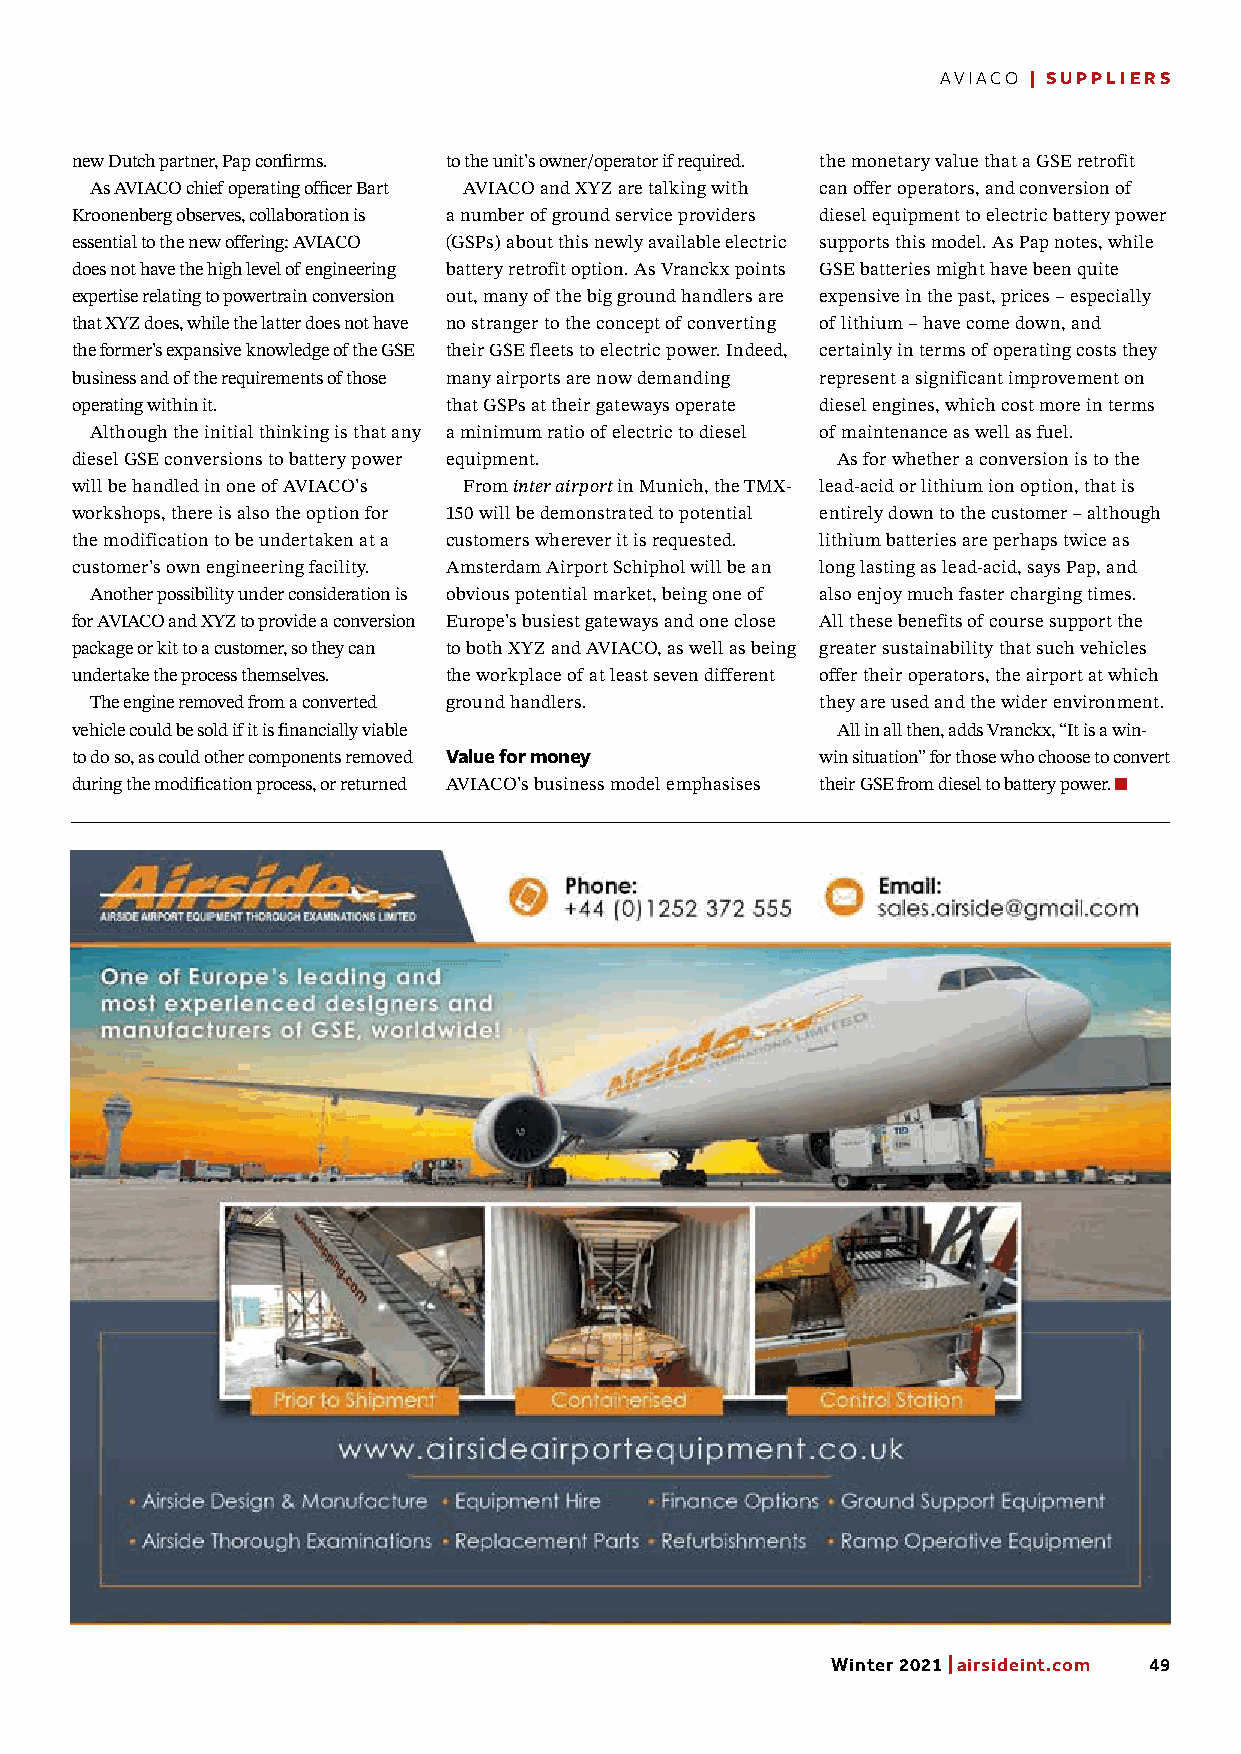
AVIACO | SUPPLIERS
 new Dutch partner, Pap confirms. to the unit’s owner/operator if required. the monetary value that a GSE retrofit
 As AVIACO chief operating officer Bart AVIACO and XYZ are talking with can offer operators, and conversion of
 Kroonenberg observes, collaboration is a number of ground service providers diesel equipment to electric battery power
 essential to the new offering: AVIACO (GSPs) about this newly available electric supports this model. As Pap notes, while
 does not have the high level of engineering battery retrofit option. As Vranckx points GSE batteries might have been quite
 expertise relating to powertrain conversion out, many of the big ground handlers are expensive in the past, prices – especially
 that XYZ does, while the latter does not have no stranger to the concept of converting of lithium – have come down, and
 the former’s expansive knowledge of the GSE their GSE fleets to electric power. Indeed, certainly in terms of operating costs they
 business and of the requirements of those many airports are now demanding represent a significant improvement on
 operating within it.    that GSPs at their gateways operate diesel engines, which cost more in terms
 Although the initial thinking is that any a minimum ratio of electric to diesel of maintenance as well as fuel.
 diesel GSE conversions to battery power equipment. As for whether a conversion is to the
 will be handled in one of AVIACO’s From inter airport in Munich, the TMX- lead-acid or lithium ion option, that is
 workshops, there is also the option for 150 will be demonstrated to potential entirely down to the customer – although
 the modification to be undertaken at a customers wherever it is requested. lithium batteries are perhaps twice as
 customer’s own engineering facility. Amsterdam Airport Schiphol will be an long lasting as lead-acid, says Pap, and
 Another possibility under consideration is obvious potential market, being one of also enjoy much faster charging times.
 for AVIACO and XYZ to provide a conversion Europe’s busiest gateways and one close All these benefits of course support the
 package or kit to a customer, so they can to both XYZ and AVIACO, as well as being greater sustainability that such vehicles
 undertake the process themselves. the workplace of at least seven different offer their operators, the airport at which
 The engine removed from a converted ground handlers. they are used and the wider environment.
 vehicle could be sold if it is financially viable All in all then, adds Vranckx, “It is a win-
 to do so, as could other components removed Value for money win situation” for those who choose to convert
 during the modification process, or returned AVIACO’s business model emphasises their GSE from diesel to battery power.
 Winter 2021 | airsideint.com 49